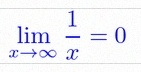
\lim_{x\to\infty}\frac{1}{x}=0